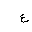
Letter: _ayn